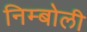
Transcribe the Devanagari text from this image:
निम्‍बोली